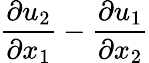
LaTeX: \frac{\partial u_{2}}{\partial x_{1}}-\frac{\partial u_{1}}{\partial x_{2}}